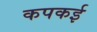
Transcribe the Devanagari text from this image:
कपकई